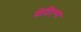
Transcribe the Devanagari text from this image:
ग्रेडिएण्ट